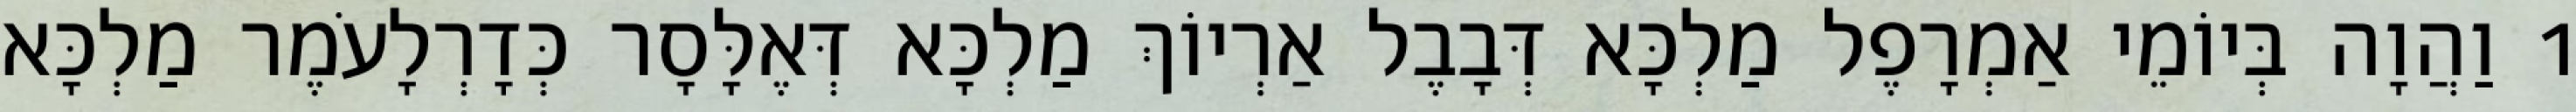
1 וַהֲוָה בְּיוֹמֵי אַמְרָפֶל מַלְכָּא דְּבָבֶל אַרְיוֹךְ מַלְכָּא דְּאֶלָּסָר כְּדָרְלָעֹמֶר מַלְכָּא